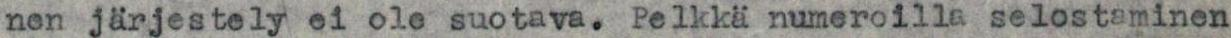
nen järjestely ei ole suotava. Pelkkä numeroilla selostaminen